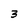
Character: 3